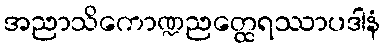
အညာသိကောဏ္ဍညတ္ထေရဿာပဒါနံ